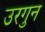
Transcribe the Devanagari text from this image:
उरगुन